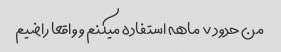
من حدود ۷ ماهه استفاده میکنم و واقعا راضیم